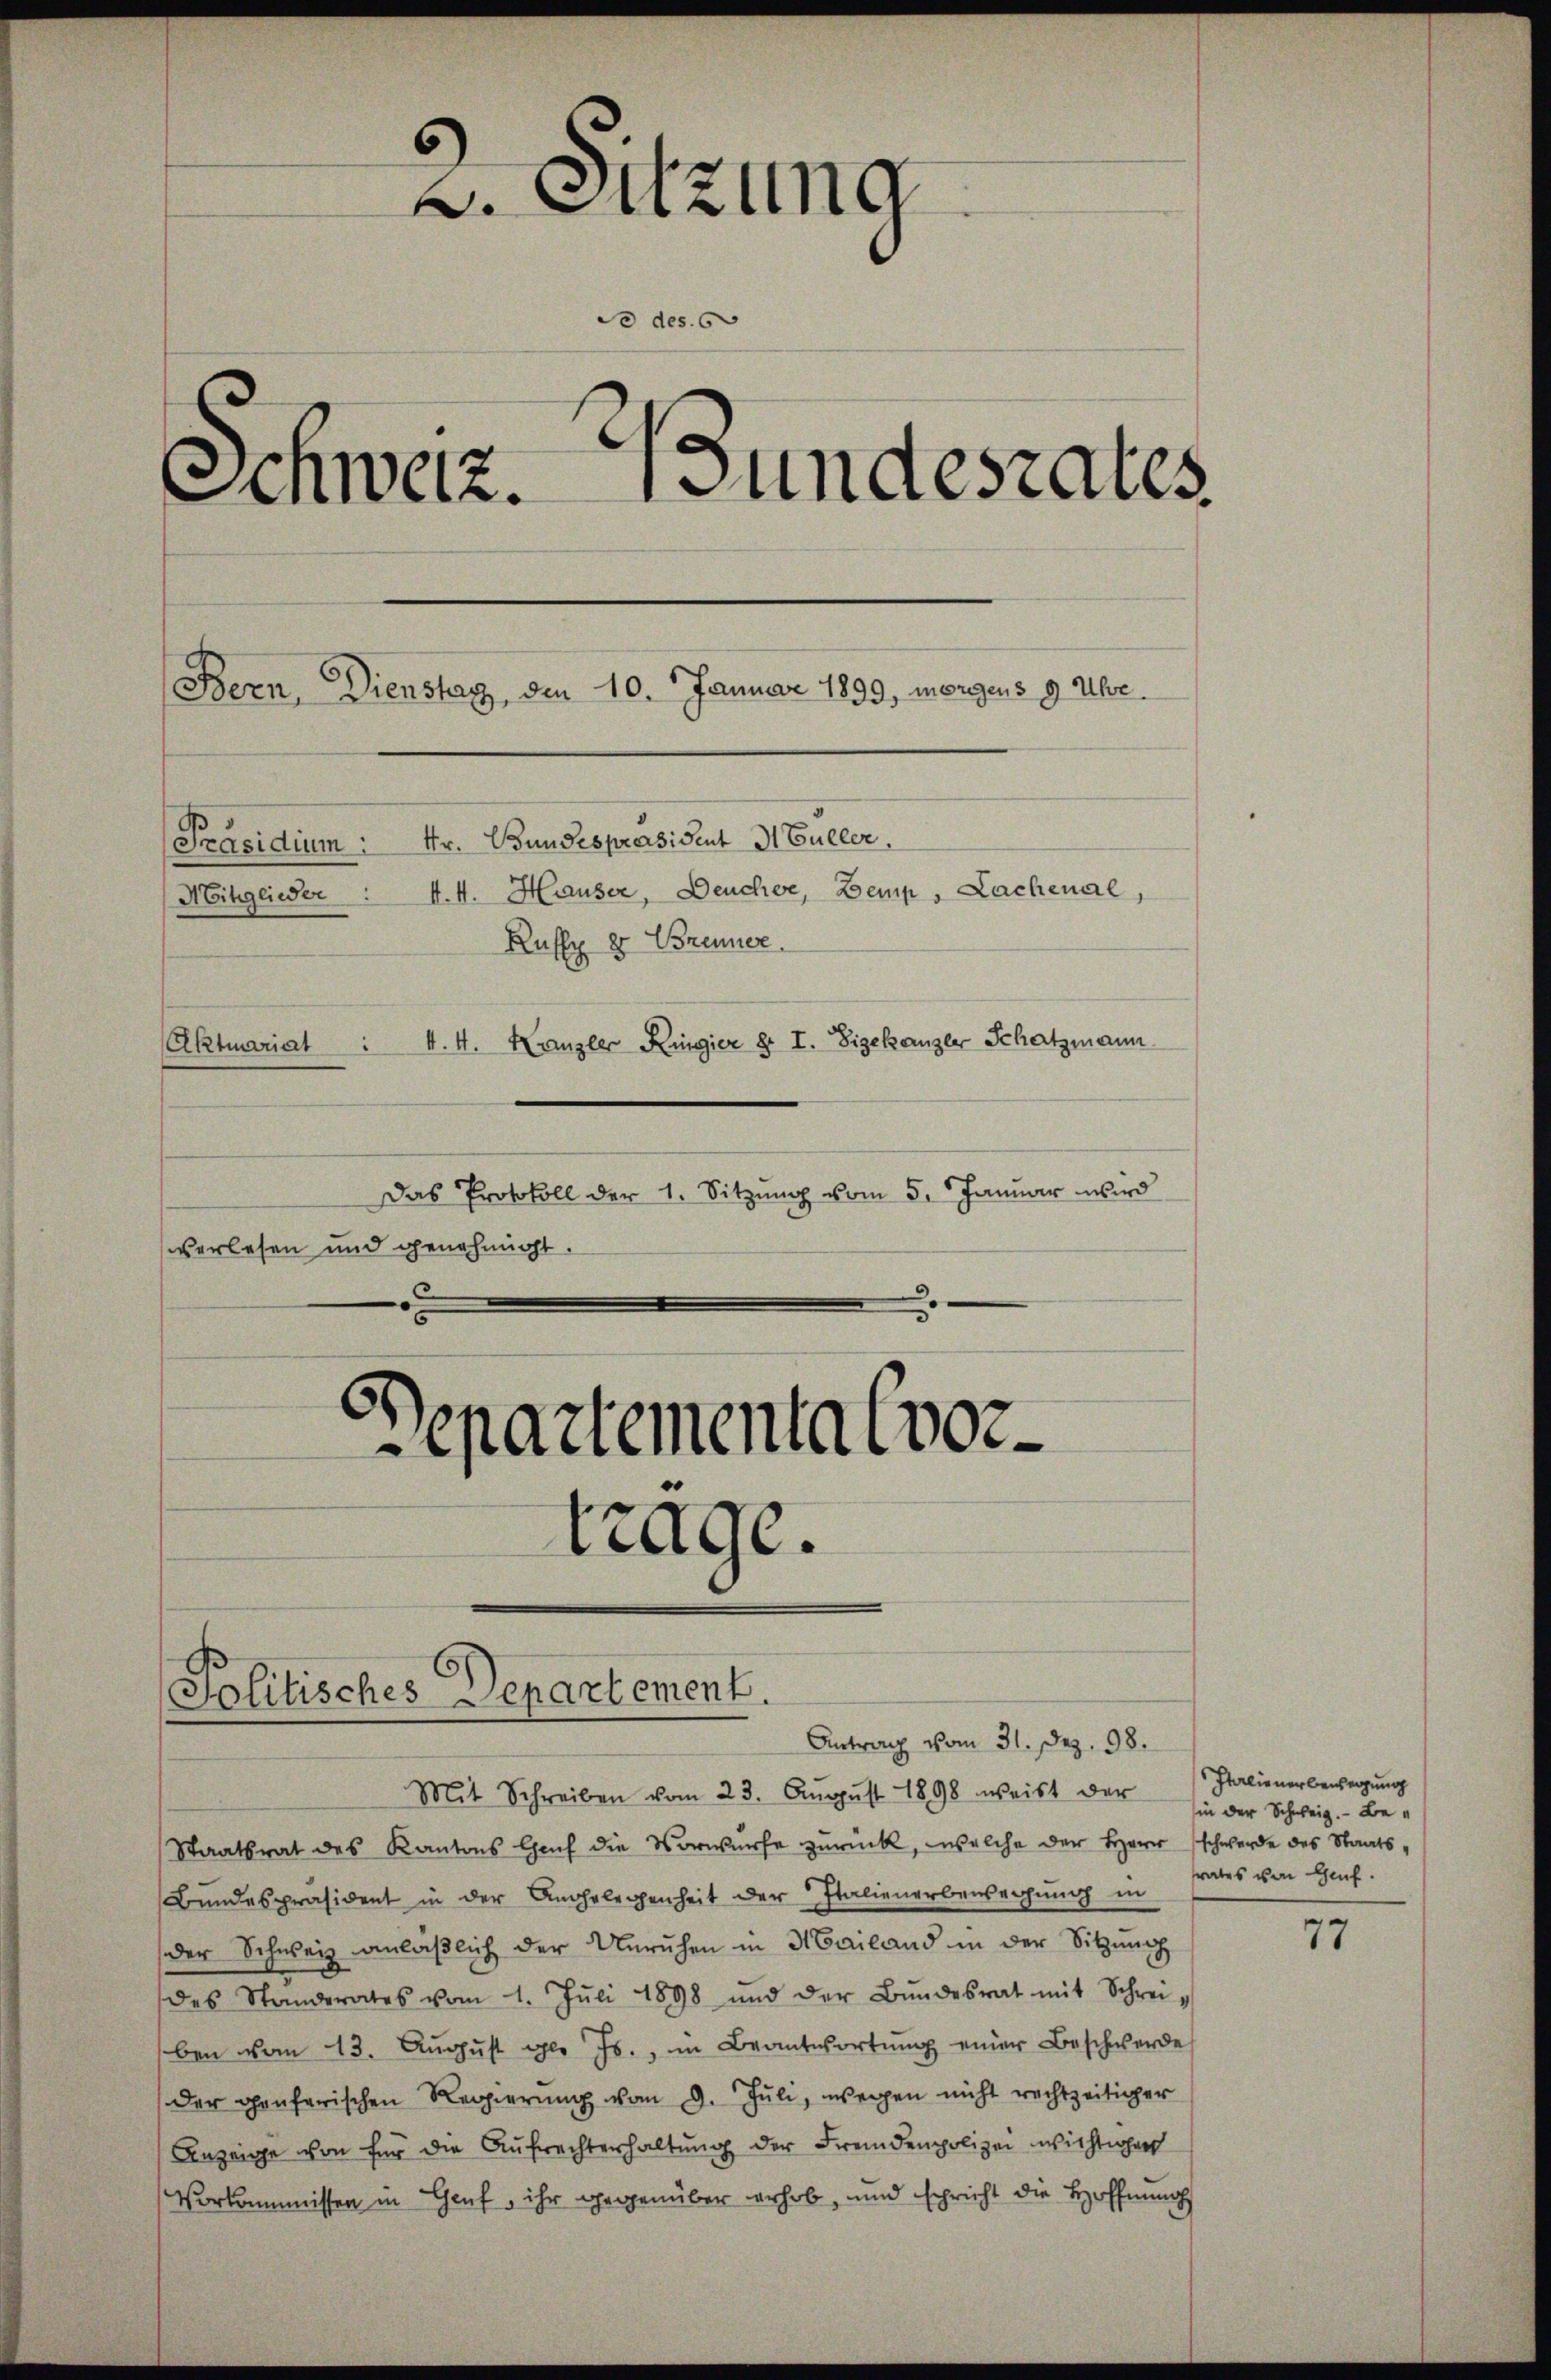
6
v. Sitzung
do des 6
.
Schweiz. Bundesrates
Bern, Dienstag, den 10. Januar 1899, morgens 9 Uber
Präsidium : Hr. Bundespräsident Müller,
Mitglieder " 4.4. Hauser, Deucher, Bemp, Lachenal,
Ruff 2 Brenner
Aktuariat : 4. 4. Kanzler Ringier § I. Zigekanzler Schatzmann

trage.

Das Protokoll der 1. Sitzŭng vom 5. Januar wird
verlesen und genehmigt.
Departementa (vor¬

Politisches Departement.

Antrag vom 31. Dez. 98.
Mit Schreiben vom 23. Aŭgŭst 1898 weist der
Staatsrat des Kantons Genf die Vorwurfe zurück, welche der Herrschwerde des Staats¬
Bundespräsident in der Angelegenheit der Italienerberechung in
der Schweiz anläβlich der Unruhen in Mailand in der Sitzŭng
des Standerates vom 1. Juli 1898 und der Bŭndesrat mit Schrei-
ben vom 23. Aŭgŭst gl. Js., in Beantwortŭng einer Beschwerde
der Genferischen Regierŭng vom 9. Juli, wegen nicht rechtzeitiger
Anzeige von für die Aŭfrechterhaltŭng der Fremdenpolizei wichtigen
Vorkommissen in Genf, ihr gegenüber erhob, und schricht die Hoffnung

Italienerbeneigung
in der Schweiz. Berates von Genf.

77